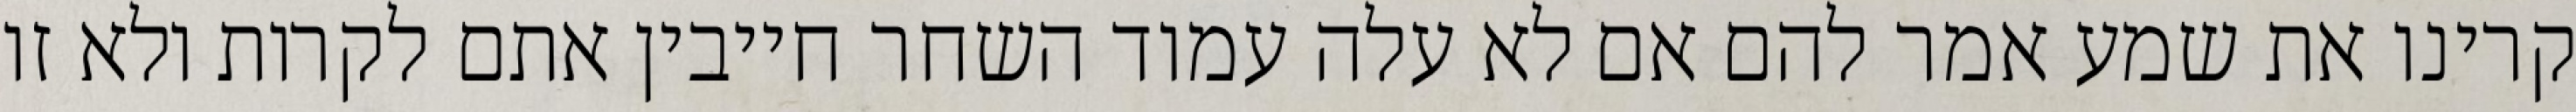
קרינו את שמע אמר להם אם לא עלה עמוד השחר חייבין אתם לקרות ולא זו